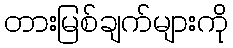
တားမြစ်ချက်များကို